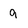
Character: 9